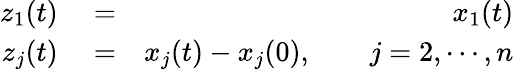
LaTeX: \begin{array}{rlr}{z_{1}(t)}&{{}=}&{x_{1}(t)}\\ {z_{j}(t)}&{{}=}&{x_{j}(t)-x_{j}(0),\qquad j=2,\cdots,n}\end{array}